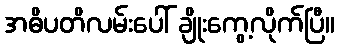
အဓိပတိလမ်းပေါ် ချိုးကွေ့လိုက်ပြီ။